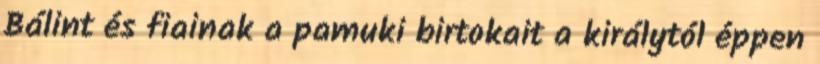
Bálint és fiainak a pamuki birtokait a királytól éppen